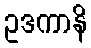
ဥဒကာနိ